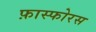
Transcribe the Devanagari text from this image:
फ़ास्फोरस